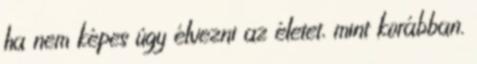
ha nem képes úgy élvezni az életet, mint korábban.